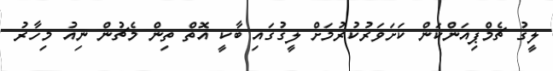
ލީގު ޗެމްޕިއަންކަން ކަށަވަރުކުރުމަށް ލީގުގައި ބާކީ އޮތް ތިން މެޗުން ނިއު މިހާރު